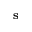
\mathbf { s }